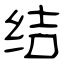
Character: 结